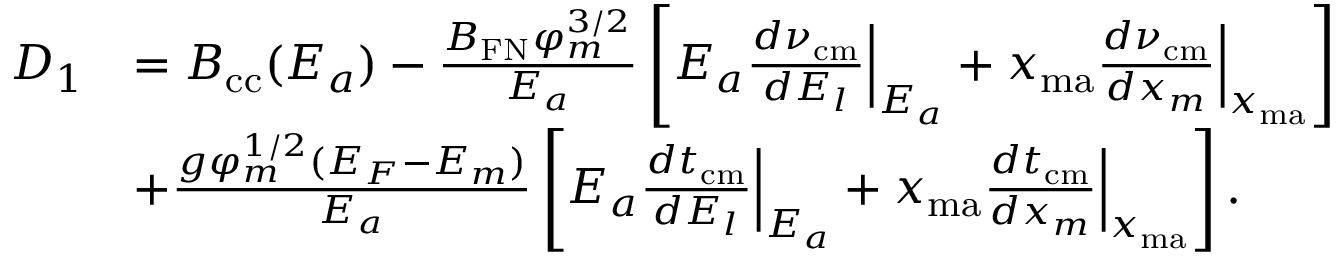
\begin{array} { r l } { D _ { 1 } } & { = { \cal B } _ { \mathrm { c c } } ( E _ { a } ) - \frac { B _ { \mathrm { F N } } \varphi _ { m } ^ { 3 / 2 } } { E _ { a } } \left[ E _ { a } \frac { d \nu _ { \mathrm { c m } } } { d E _ { l } } \Big | _ { E _ { a } } + x _ { \mathrm { m a } } \frac { d \nu _ { \mathrm { c m } } } { d x _ { m } } \Big | _ { x _ { \mathrm { m a } } } \right] } \\ & { + \frac { g \varphi _ { m } ^ { 1 / 2 } ( { \cal E } _ { F } - { \cal E } _ { m } ) } { E _ { a } } \left[ E _ { a } \frac { d t _ { \mathrm { c m } } } { d E _ { l } } \Big | _ { E _ { a } } + x _ { \mathrm { m a } } \frac { d t _ { \mathrm { c m } } } { d x _ { m } } \Big | _ { x _ { \mathrm { m a } } } \right] . } \end{array}